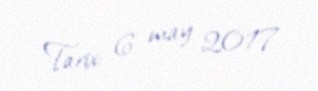
Tarix: 6 may 2017